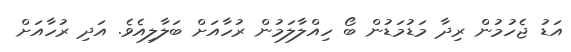
އަޑު ޖެހުމުން ރިދާ މަޑުމަޑުން ބޯ ހިއްލާލަމުން ރުހާއަށް ބަލާލިއެވެ. އަދި ރުހާއަށް